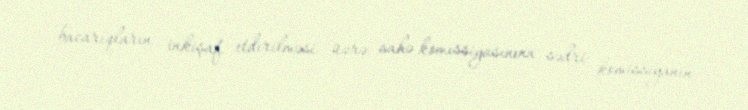
bacarıqların inkişaf etdirilməsi üzrə sahə komissiyasınınn sədri komissiyanın